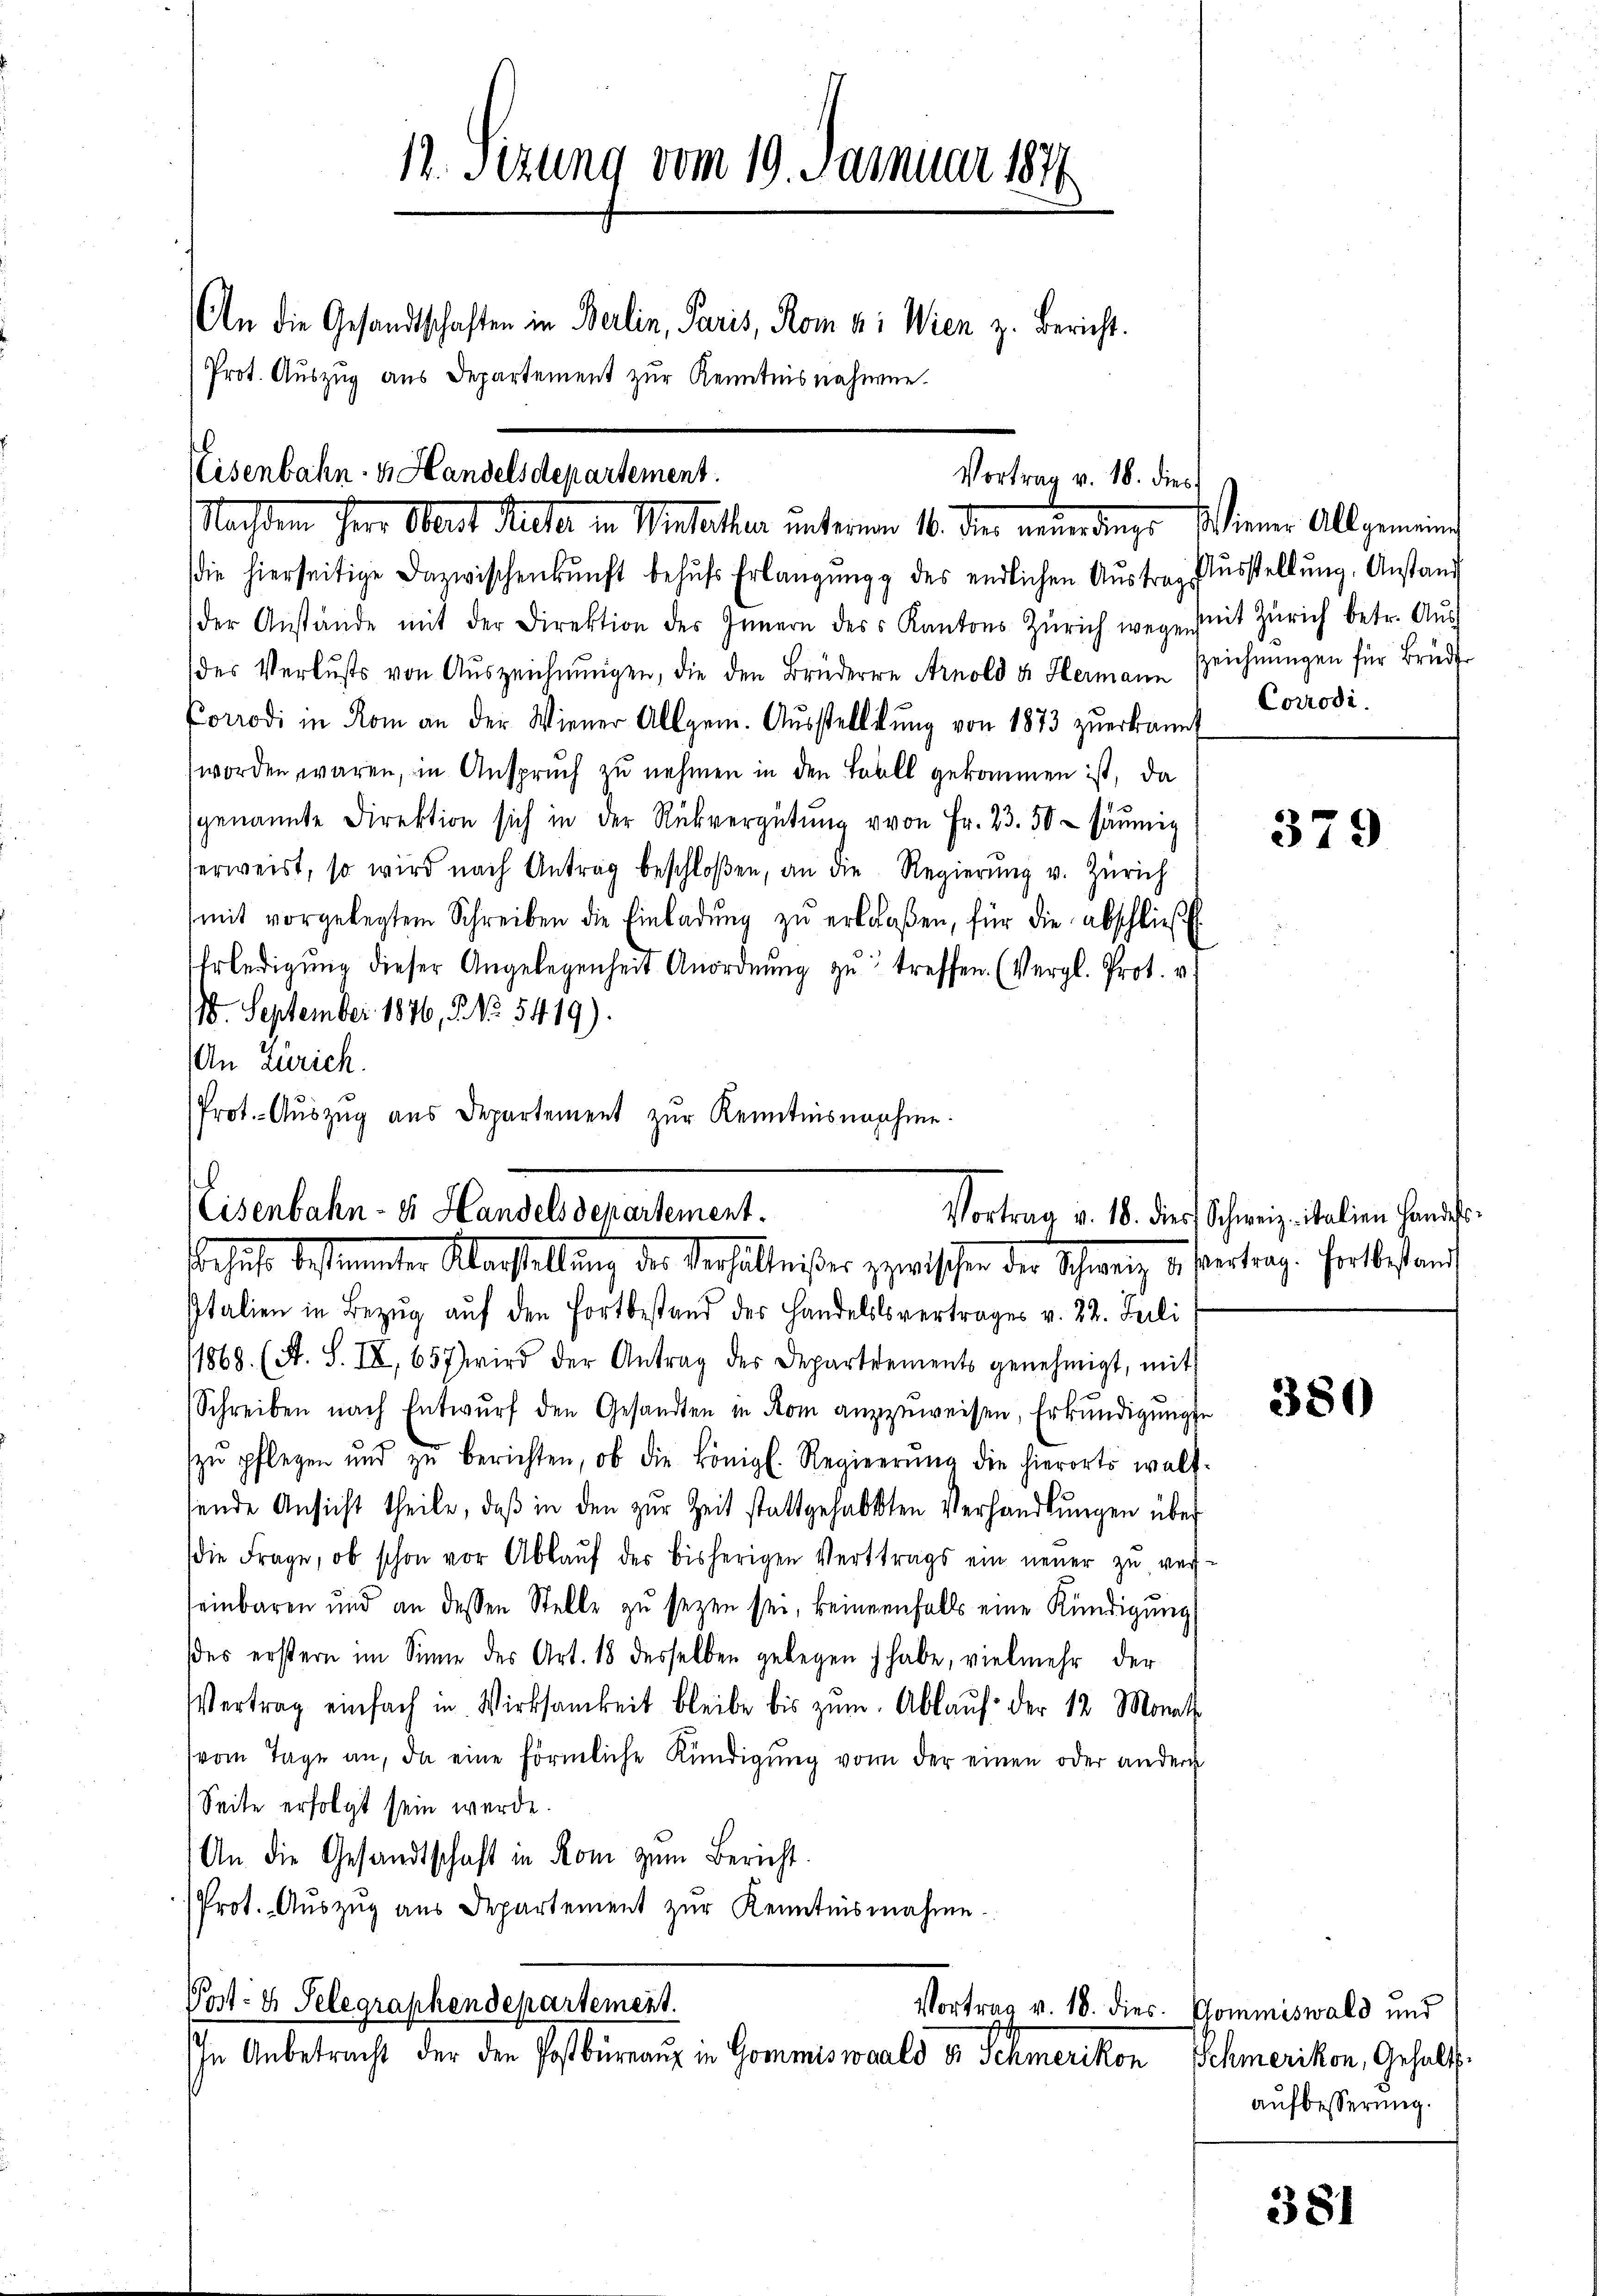
12. Sizung vom 19. Januar 1871
An die Gesandtschaften in Berlin, Paris, Rom u: Wien z. Bericht.
Prot. Auszug aus Departement zur Kenntnisnahmen.

Eisenbahn u Handelsdepartement.
Vortrag v. 18. dies
Nachdem Herr Obert Ruhe in Winteller unterm 10. der mündung. Wiener Allgemeind

die hierseitige Dazwischenkunft behŭfs Erlangung des endlichen Aŭstrags
der Anstände mit der Direktion des Innern des Kantons Zürich wegens
des Verlusts von Auszeichnŭngen, die den Brüdere Arnold u. Hermann
Corrodi in Rom an der Wiener Allgem. Aŭsstellŭng von 1873 zŭerkannt
worden wären, in Anspruch zu nehmen in den Toll gekommen ist, da
genannte Direktion sich in der Rückvergütŭng von Fr. 23. 50 säumig
serweist, so wird nach Antrag beschloßen, an die Regierŭng u. Zürich
mit vorgelegtem Schreiben die Einladŭng zŭ erlaßen, für die abschlieβ
Erledigŭng dieser Angelegenheit Anordnŭng zŭ treffen. (Vergl. Prot. v.
18. September 1876, 2. No. 5419).
An Zürich.
Prot. - Auszug aus Departement zur Kenntnisnahme.

Nisenbahn - es Handelsdepartement.
erheise bestimmten Oberstellung des Verhältnißes zwischen der Schweiz u. vertrag. Fortbestand

Italien in Bezŭg aŭf den Fortbestand des Handelsvertrages v. 22. Juli
11868 (A. S. IX, 657 wird der Antrag des Departements genehmigt, mit
Schreiben nach Entwŭrf den Gesandten in Rom anzŭweisen, Erkundigungse
zŭ pflegen und zŭ berichten, ob die königl. Regierŭng die hierorts walt-
sende Ansicht theile, daβ in den zŭr Zeit stattgehabten Verhandlŭngen über
die Frage, ob schon vor Ablaŭf der bisherigen Vertrags ein neuer zu ver-
einbaren und an dessen Stelle zŭ sezen sei, keinenfalls eine Kündigung
des erstern im Sinne des Art. 18 desselben gelegen habe, vielmehr der
Vertrag einfach in Wirksamkeit bleibe bis zŭm Ablaŭf der 12 Monats
(vom Tage an, da eine förmliche Kündigŭng von der einen oder andern
Seite erfolgt sein werde.
An die Gesandtschaft in Rom zum Bericht.
Prot. Auszug aus Departement zur Kenntnisnahme
Post: 4. Selegraphendepartement.
Vortrag v. 18. dies. Kommiswald und
In Anbetracht der den Postbrang in Gommiswald d. Schmerikon

Ausstellung, Anstand
mit Zürich betr. Auseichnungen für Brude
Corrodi.

379

Vortrag v. 18. dies Schweiz. italien Handesr

380

Schmerikon, Gehaltsaufbesserung.

381